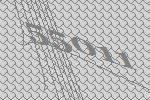
55011